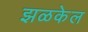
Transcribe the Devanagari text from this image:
झळकेल